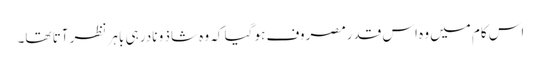
اس کام میں وہ اس قدرمصروف ہو گیا کہ وہ شاذ و نادر ہی باہر نظر آتا تھا۔